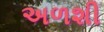
અળશી